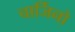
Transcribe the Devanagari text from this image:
चार्जिनो